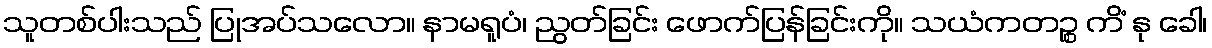
သူတစ်ပါးသည် ပြုအပ်သလော။ နာမရူပံ၊ ညွတ်ခြင်း ဖောက်ပြန်ခြင်းကို။ သယံကတဉ္စ ကိံ နု ခေါ၊